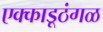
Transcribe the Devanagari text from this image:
एक्काडूठंगळ